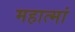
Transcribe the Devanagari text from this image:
महात्मां